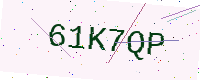
Text: 61K7QP